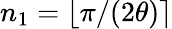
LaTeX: n_{1}=\lfloor\pi/(2\theta)\rceil